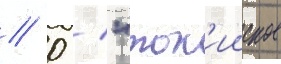
// 0 / "ток'ииское